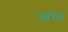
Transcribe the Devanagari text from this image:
खफ्रे